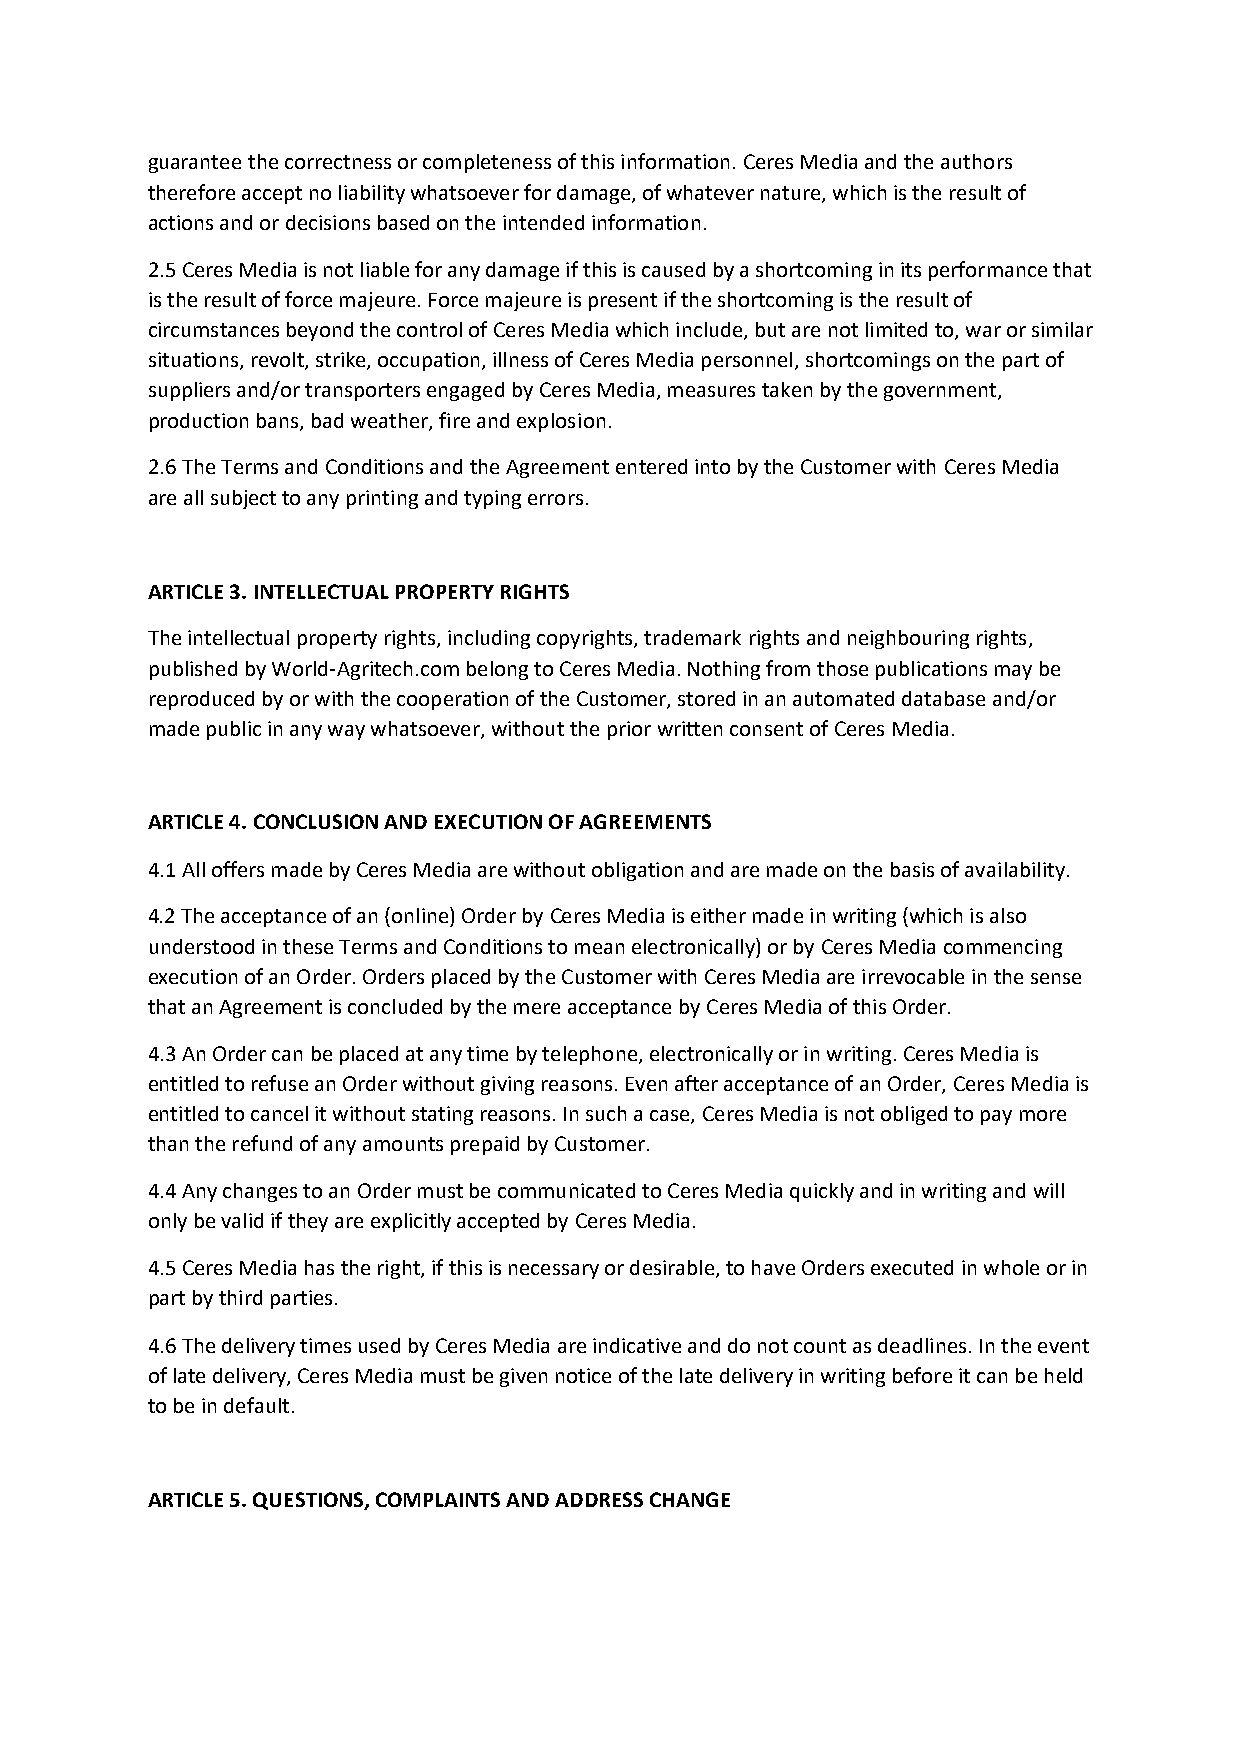
guarantee the correctness or completeness of this information. Ceres Media and the authors
 therefore accept no liability whatsoever for damage, of whatever nature, which is the result of
 actions and or decisions based on the intended information.
 2.5 Ceres Media is not liable for any damage if this is caused by a shortcoming in its performance that
 is the result of force majeure. Force majeure is present if the shortcoming is the result of
 circumstances beyond the control of Ceres Media which include, but are not limited to, war or similar
 situations, revolt, strike, occupation, illness of Ceres Media personnel, shortcomings on the part of
 suppliers and/or transporters engaged by Ceres Media, measures taken by the government,
 production bans, bad weather, fire and explosion.
 2.6 The Terms and Conditions and the Agreement entered into by the Customer with Ceres Media
 are all subject to any printing and typing errors.
 ARTICLE 3. INTELLECTUAL PROPERTY RIGHTS
 The intellectual property rights, including copyrights, trademark rights and neighbouring rights,
 published by World-Agritech.com belong to Ceres Media. Nothing from those publications may be
 reproduced by or with the cooperation of the Customer, stored in an automated database and/or
 made public in any way whatsoever, without the prior written consent of Ceres Media.
 ARTICLE 4. CONCLUSION AND EXECUTION OF AGREEMENTS
 4.1 All offers made by Ceres Media are without obligation and are made on the basis of availability.
 4.2 The acceptance of an (online) Order by Ceres Media is either made in writing (which is also
 understood in these Terms and Conditions to mean electronically) or by Ceres Media commencing
 execution of an Order. Orders placed by the Customer with Ceres Media are irrevocable in the sense
 that an Agreement is concluded by the mere acceptance by Ceres Media of this Order.
 4.3 An Order can be placed at any time by telephone, electronically or in writing. Ceres Media is
 entitled to refuse an Order without giving reasons. Even after acceptance of an Order, Ceres Media is
 entitled to cancel it without stating reasons. In such a case, Ceres Media is not obliged to pay more
 than the refund of any amounts prepaid by Customer.
 4.4 Any changes to an Order must be communicated to Ceres Media quickly and in writing and will
 only be valid if they are explicitly accepted by Ceres Media.
 4.5 Ceres Media has the right, if this is necessary or desirable, to have Orders executed in whole or in
 part by third parties.
 4.6 The delivery times used by Ceres Media are indicative and do not count as deadlines. In the event
 of late delivery, Ceres Media must be given notice of the late delivery in writing before it can be held
 to be in default.
 ARTICLE 5. QUESTIONS, COMPLAINTS AND ADDRESS CHANGE